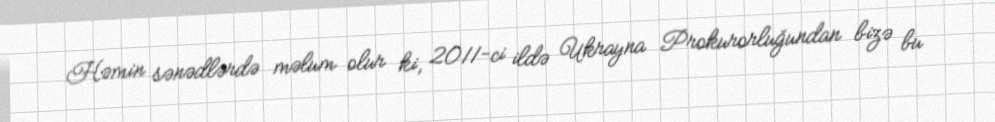
Həmin sənədlərdə məlum olur ki, 2011-ci ildə Ukrayna Prokurorluğundan bizə bu